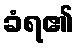
ခံရ၏